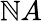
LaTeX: \mathbb{N}A